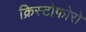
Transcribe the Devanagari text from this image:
क्रिस्टोफोरो